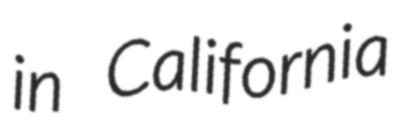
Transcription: in California